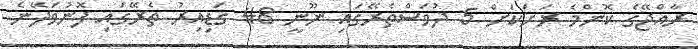
ރާއްޖޭގެ ކޮންމެ ރަށަކަށް 5 ދުވަސްތެރޭގައި ނޫނީ 48 ގަޑިއިރު ތެރޭގައި ފޮނުވަދޭނެ